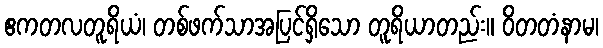
ဧကတလတူရိယံ၊ တစ်ဖက်သာအပြင်ရှိသော တူရိယာတည်း။ ဝိတတံနာမ၊